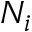
N _ { i }